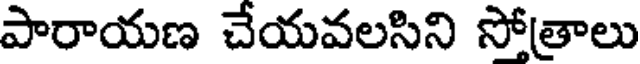
పారాయణ చేయవలసిని సోత్రాలు